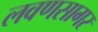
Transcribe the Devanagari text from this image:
लवणसागर